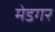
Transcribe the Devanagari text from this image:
मेडगर